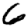
Digit: 6